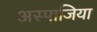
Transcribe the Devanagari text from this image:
अस्पाजिया